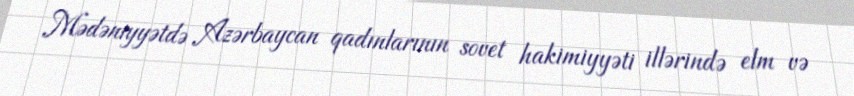
Mədəniyyətdə Azərbaycan qadınlarının sovet hakimiyyəti illərində elm və